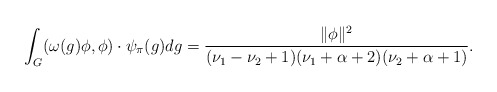
\begin{align*}\int_G(\omega(g)\phi,\phi) \cdot \psi_{\pi}(g)dg=\frac{\|\phi\|^2}{(\nu_1-\nu_2+1)(\nu_1+\alpha+2)(\nu_2+\alpha+1)}.\end{align*}